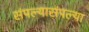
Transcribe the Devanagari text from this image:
संपल्यासंपल्या